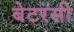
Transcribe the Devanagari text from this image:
बेटरसी